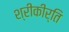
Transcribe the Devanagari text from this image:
श्रीकीर्ति